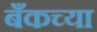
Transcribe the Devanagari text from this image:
बँकच्या